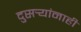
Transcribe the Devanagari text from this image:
दुसर्‍यांनाही